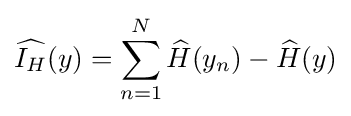
{\widehat {I_{H}}}(y)=\sum _{n=1}^{N}{\widehat {H}}(y_{n})-{\widehat {H}}(y)